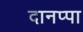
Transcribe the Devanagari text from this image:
दानप्पा